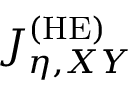
J _ { \eta , X Y } ^ { \mathrm { ( H E ) } }